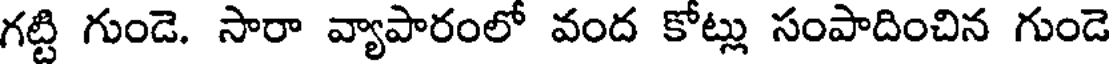
గట్టి గుండె. సారా వ్యాపారంలో వంద కోట్లు సంపాదించిన గుండె